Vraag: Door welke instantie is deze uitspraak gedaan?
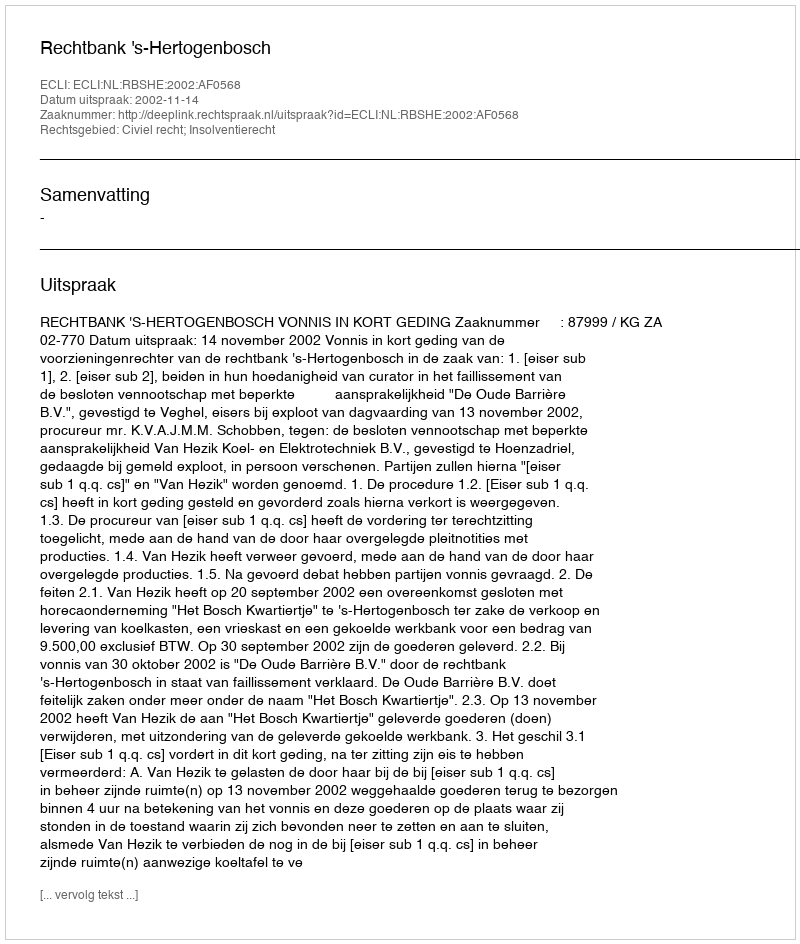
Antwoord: Rechtbank 's-Hertogenbosch